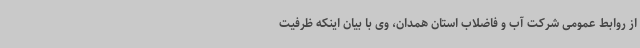
از روابط عمومی شرکت آب و فاضلاب استان همدان، وی با بیان اینکه ظرفیت